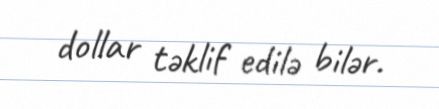
dollar təklif edilə bilər.